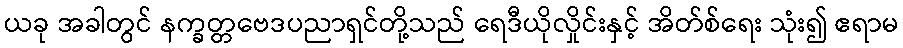
ယခု အခါတွင် နက္ခတ္တဗေဒပညာရှင်တို့သည် ရေဒီယိုလှိုင်းနှင့် အိတ်စ်ရေး သုံး၍ ဧရာမ